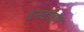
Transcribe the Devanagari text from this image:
वनटाइम